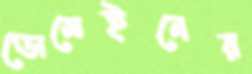
ডোমেইনের